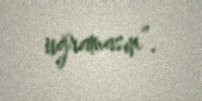
uğramasın”.